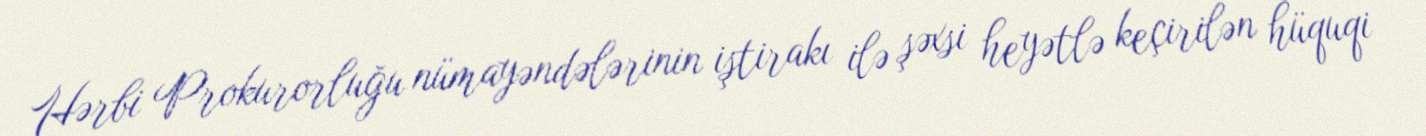
Hərbi Prokurorluğu nümayəndələrinin iştirakı ilə şəxsi heyətlə keçirilən hüquqi